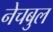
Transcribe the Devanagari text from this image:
नेचबुल